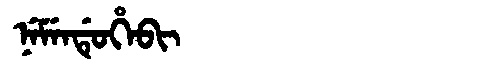
Manchu: ᠨᡝᠮᡝᠨᡩᡠᡥᡝᠪᡳ
Romanization: NEMENDUHEBI